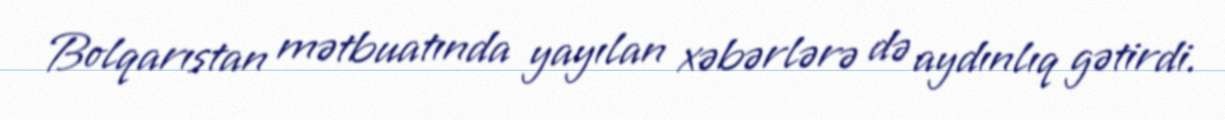
Bolqarıstan mətbuatında yayılan xəbərlərə də aydınlıq gətirdi.